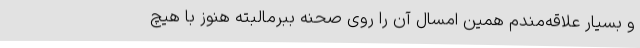
و بسیار علاقه‌مندم همین امسال آن را روی صحنه ببرمالبته هنوز با هیچ